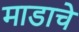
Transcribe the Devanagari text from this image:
माडाचे